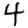
Digit: 4